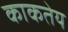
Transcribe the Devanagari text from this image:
काकतेय